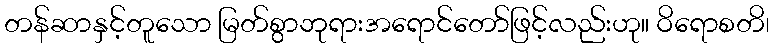
တန်ဆာနှင့်တူသော မြတ်စွာဘုရားအရောင်တော်ဖြင့်လည်းဟု။ ဝိရောစတိ၊